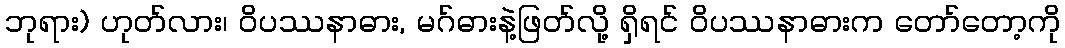
ဘုရား) ဟုတ်လား၊ ဝိပဿနာဓား, မဂ်ဓားနဲ့ဖြတ်လို့ ရှိရင် ဝိပဿနာဓားက တော်တော့ကို